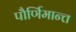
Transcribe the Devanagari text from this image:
पौर्णिमान्त्त